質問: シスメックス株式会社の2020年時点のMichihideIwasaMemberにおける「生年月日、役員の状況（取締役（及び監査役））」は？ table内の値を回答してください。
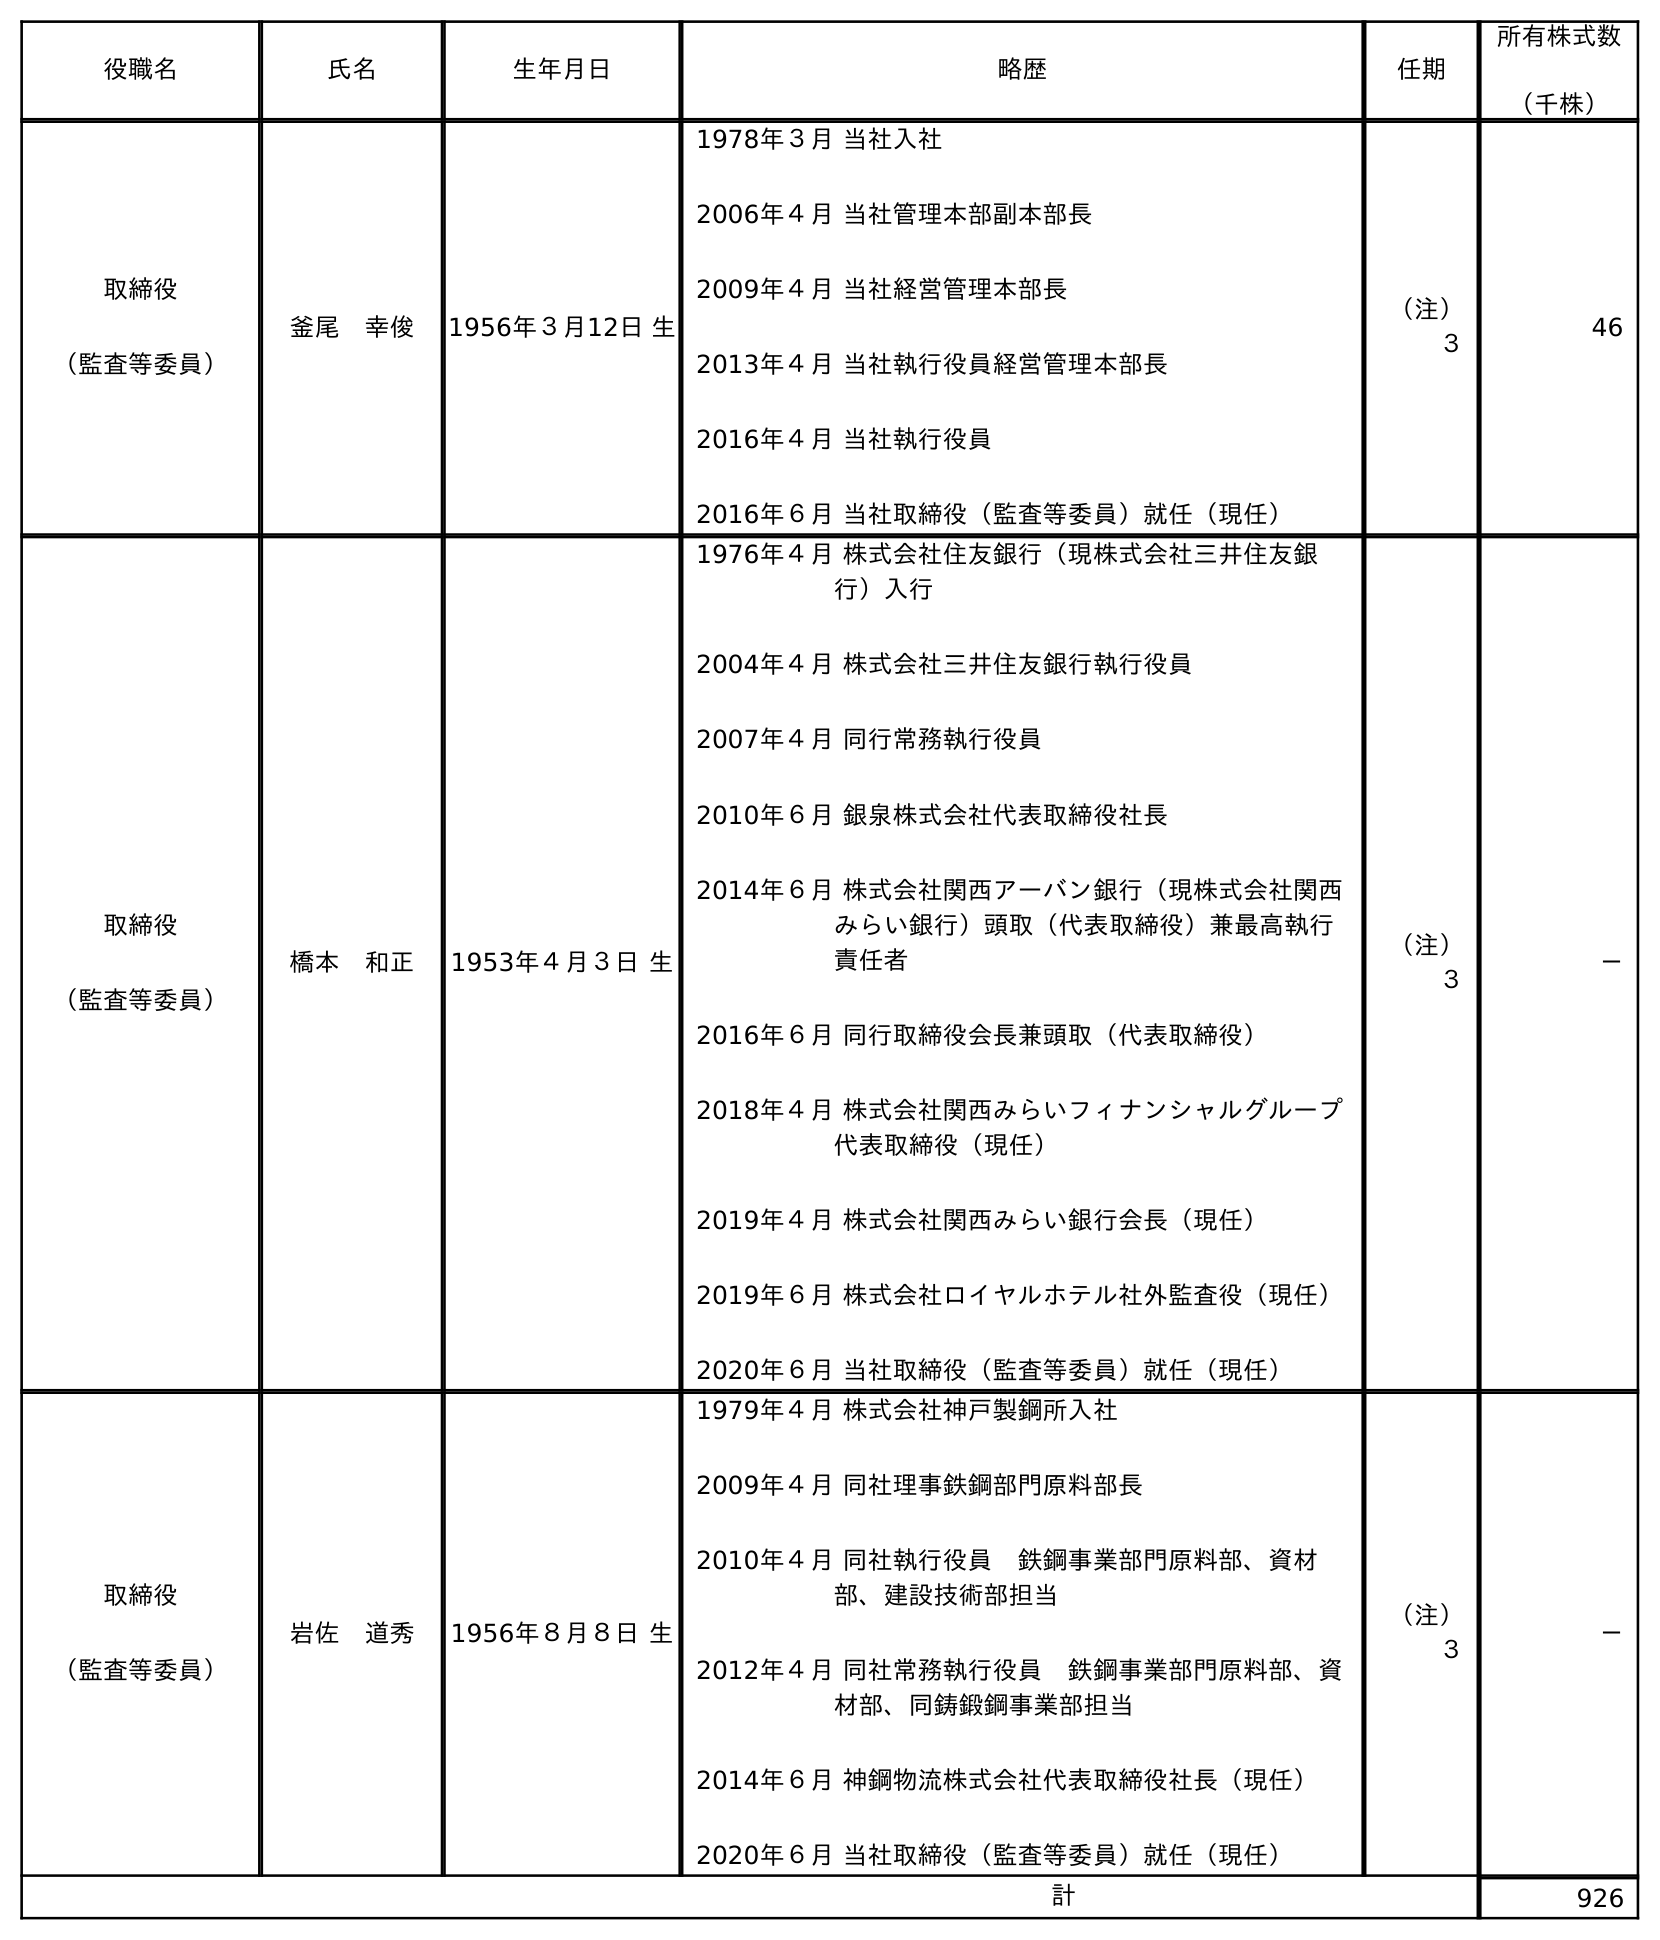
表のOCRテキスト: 役職名 氏名 生年月日 略歴 任期 所有株式数 （千株） 取締役 （監査等委員） 釜尾 幸俊 1956年３月12日 生 1978年３月 当社入社 2006年４月 当社管理本部副本部長 2009年４月 当社経営管理本部長 2013年４月 当社執行役員経営管理本部長 2016年４月 当社執行役員 2016年６月 当社取締役（監査等委員）就任（現任） （注） ３ 46 取締役 （監査等委員） 橋本 和正 1953年４月３日 生 1976年４月 株式会社住友銀行（現株式会社三井住友銀 行）入行 2004年４月 株式会社三井住友銀行執行役員 2007年４月 同行常務執行役員 2010年６月 銀泉株式会社代表取締役社長 2014年６月 株式会社関西アーバン銀行（現株式会社関西 みらい銀行）頭取（代表取締役）兼最高執行 責任者 2016年６月 同行取締役会長兼頭取（代表取締役） 2018年４月 株式会社関西みらいフィナンシャルグループ 代表取締役（現任） 2019年４月 株式会社関西みらい銀行会長（現任） 2019年６月 株式会社ロイヤルホテル社外監査役（現任） 2020年６月 当社取締役（監査等委員）就任（現任） （注） ３ － 取締役 （監査等委員） 岩佐 道秀 1956年８月８日 生 1979年４月 株式会社神戶製鋼所入社 2009年４月 同社理事鉄鋼部門原料部長 2010年４月 同社執行役員 鉄鋼事業部門原料部、資材 部、建設技術部担当 2012年４月 同社常務執行役員 鉄鋼事業部門原料部、資 材部、同鋳鍛鋼事業部担当 2014年６月 神鋼物流株式会社代表取締役社長（現任） 2020年６月 当社取締役（監査等委員）就任（現任） （注） ３ － 計 926
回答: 1956年８月８日生